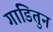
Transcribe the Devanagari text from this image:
गाडितुन